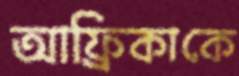
আফ্রিকাকে